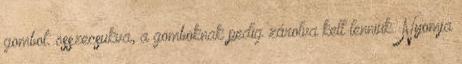
gombot. összecsukva, a gomboknak pedig zárolva kell lenniük. Nyomja